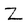
Character: Z